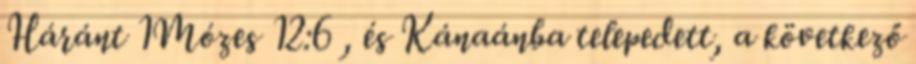
Háránt 1Mózes 12:6 , és Kánaánba telepedett, a következő